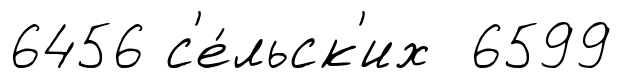
6456 с'е́льск'их 6599